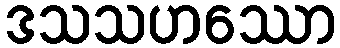
ဒသသဟဿော